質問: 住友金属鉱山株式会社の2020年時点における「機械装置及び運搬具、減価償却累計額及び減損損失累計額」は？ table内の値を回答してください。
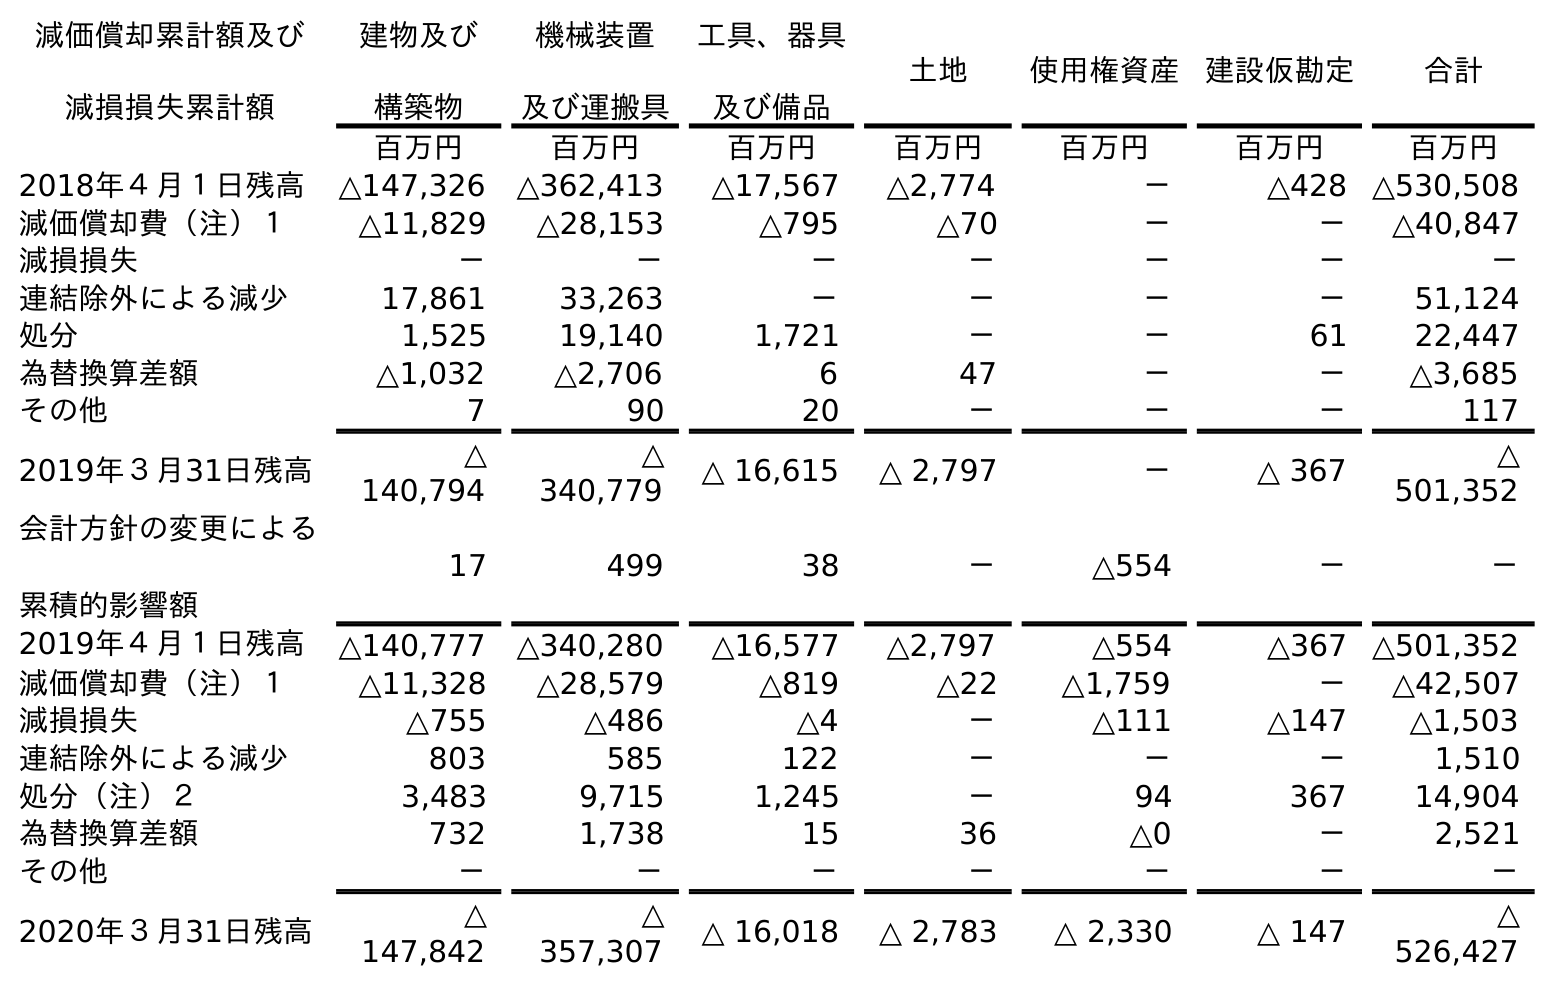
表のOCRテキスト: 減価償却累計額及び 減損損失累計額 建物及び 構築物 機械装置 及び運搬具 工具、器具 及び備品 土地 使用権資産 建設仮勘定 合計 百万円 百万円 百万円 百万円 百万円 百万円 百万円 2018年４月１日残高 △147,326 △362,413 △17,567 △2,774 － △428 △530,508 減価償却費（注）１ △11,829 △28,153 △795 △70 － － △40,847 減損損失 － － － － － － － 連結除外による減少 17,861 33,263 － － － － 51,124 処分 1,525 19,140 1,721 － － 61 22,447 為替換算差額 △1,032 △2,706 6 47 － － △3,685 その他 7 90 20 － － － 117 2019年３月31日残高 △ 140,794 △ 340,779 △ 16,615 △ 2,797 － △ 367 △ 501,352 会計方針の変更による 累積的影響額 17 499 38 － △554 － － 2019年４月１日残高 △140,777 △340,280 △16,577 △2,797 △554 △367 △501,352 減価償却費（注）１ △11,328 △28,579 △819 △22 △1,759 － △42,507 減損損失 △755 △486 △4 － △111 △147 △1,503 連結除外による減少 803 585 122 － － － 1,510 処分（注）２ 3,483 9,715 1,245 － 94 367 14,904 為替換算差額 732 1,738 15 36 △0 － 2,521 その他 － － － － － － － 2020年３月31日残高 △ 147,842 △ 357,307 △ 16,018 △ 2,783 △ 2,330 △ 147 △ 526,427
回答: △357,307